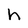
Character: h